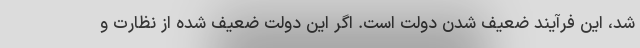
شد، این فرآیند ضعیف شدن دولت است. اگر این دولت ضعیف شده از نظارت و